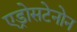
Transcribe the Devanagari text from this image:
एड्रोसटेनोन